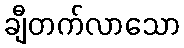
ချီတက်လာသော